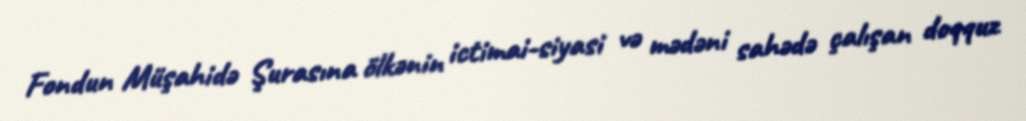
Fondun Müşahidə Şurasına ölkənin ictimai-siyasi və mədəni sahədə çalışan doqquz